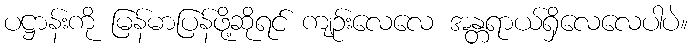
ပဋ္ဌာန်းကို မြန်မာပြန်ဖို့ဆိုရင် ကျဉ်းလေလေ အန္တရာယ်ရှိလေလေပါပဲ။